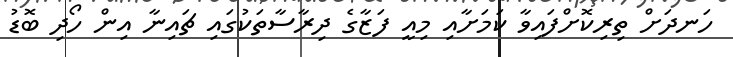
ހަނދަށް ތިރިކޮށްފައިވާ ކަމަށާއި މިއީ ފަޒާގެ ދިރާސާތަކުގައި ޗައިނާ އިން ހޯދި ބޮޑު